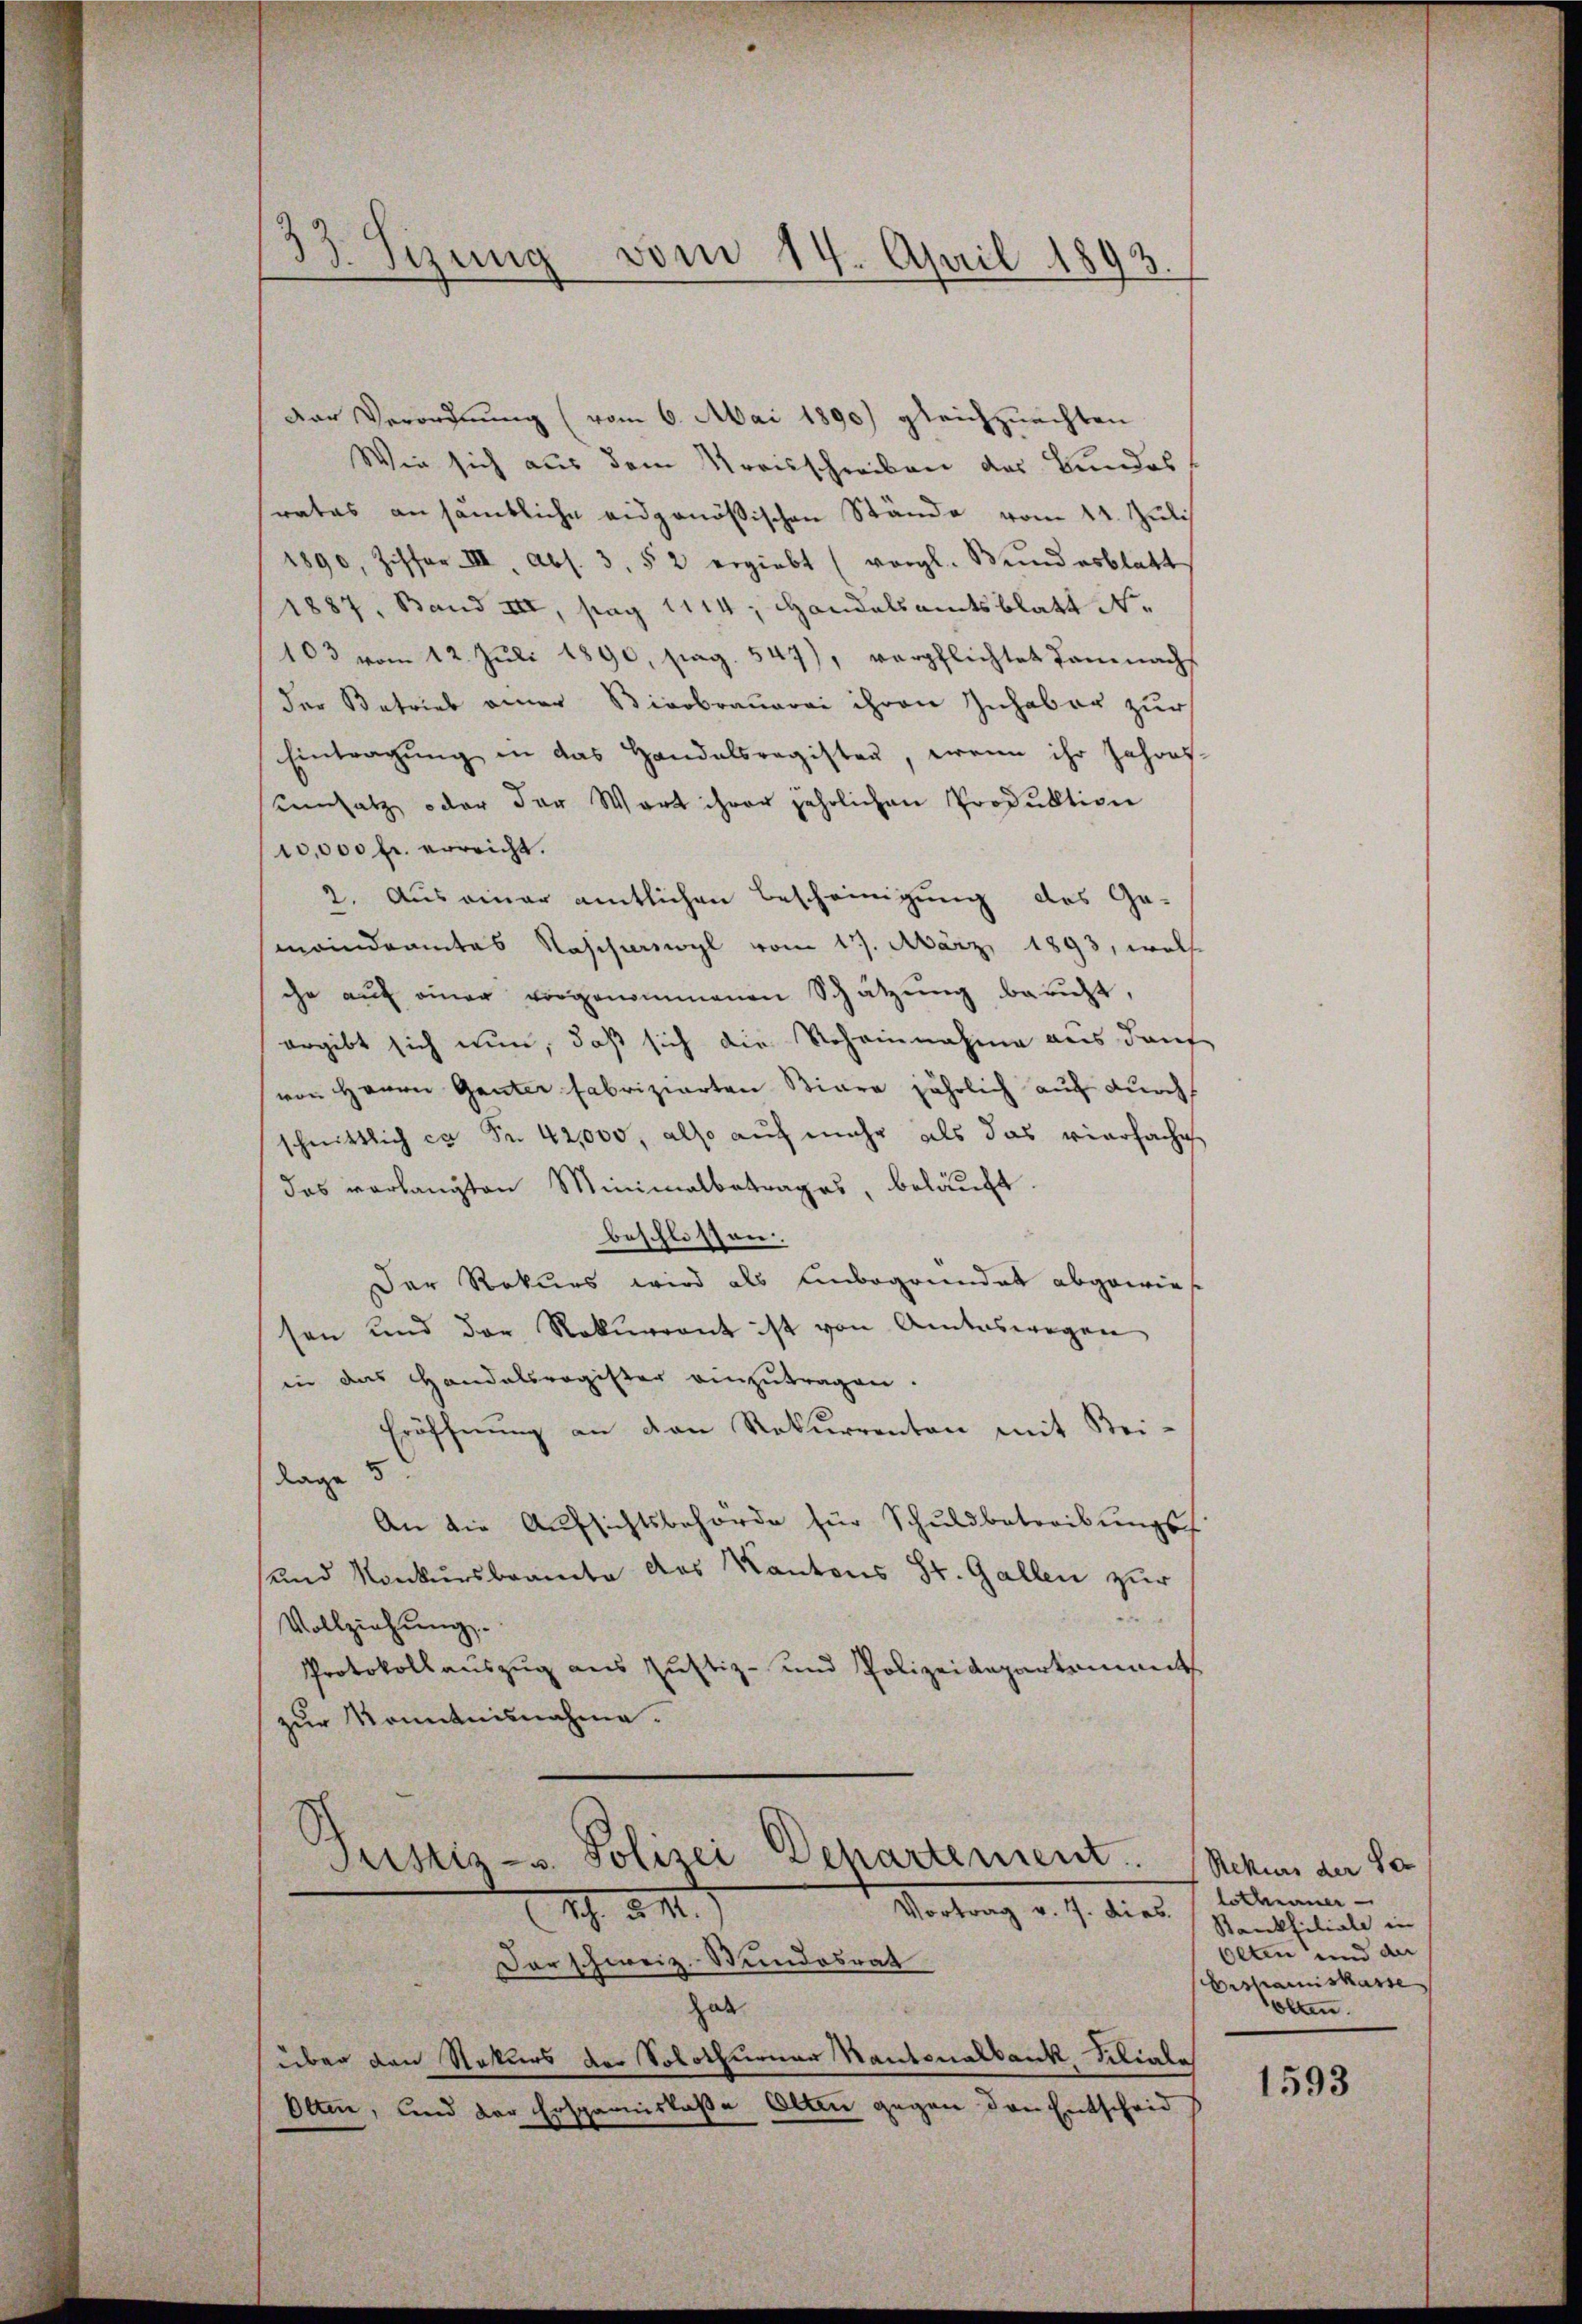
33. Sizung vom 14. April 1893.

Der Verordnung (vom 6. Mai 1890) gleichzuachten
Wie sich aus dem Kreisschreiben des Bundes
rates an sämtliche eidgenößischen Stände vom 14. Juli
1890, Ziffer III Abs. 3. 52 ergiebt (vergl. Bŭndesblatt
1887, Band III, pag 1114. Handelsamtsblatt No.
103 vom 12. Juli 1890, pag. 547), verpflichtet damnachs
der Betrieb einer Bierbraŭerei ihren Inhaber zur
Eintragŭng in das Handelsregisten, wenn ihr Jahres-
umsatz oder der Wort ihrer jährlichen Produktion
10,000 fr. erreicht.
2. Auseiner amtlichen Bescheinigung des Ge-
maindramtes Raschierwyl vom 17. März 1893, welche
che aŭf einer vorgenommenen Schätzung bericht,
ergibt sich nun, daß sich die Scheinnahme aus darf
von Herrn Ganter fabrizierten Biare jährlich auf durch
schnittlich ca Fr. 42,000, also auch mehr als das vierfache
das verlangten Minimalbetrages, beläuft.
beschlossen:
Der Rekurs wird als Unbegründet abgewies
sen und der Rekurrent ist von Amtswegen
in das Handelsregister einzutragen.
Eröffnŭng an den Rekurrenten mit Bei-
5
Lage
An die Aufsichtsbehörde für Schuldbetreibungsf
und Konkursbeamte des Kantons St. Gallen zur
Vollziehung.
Protokollauszug aus Justiz- und Polizeidepartement
zur Kenntnisnahme.
ustiz- u. Polizei Departement.
19. 241.
Vortrag v. 7. dies
Der schweiz. Stundesrat
habt.
über den Rekurs der Solothurner Nantonalbank Filiale
Olten, und der Ersparniskaße Olten gegen den Entscheid

Rekurs der Ser
lothurner
Bankfiliale in
Olten und der
Beshauskasse
olten.

1593